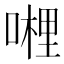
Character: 𭊂